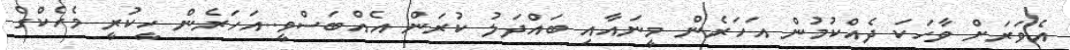
އެވަރަށް ވާހަކަ ދެއްކުމުން އަހަރެން މީނައާއި ބައްދަލު ކުރަން އެއްބަސްވީ..އަހަރެން ހީކުރީ މެހެކްގެ